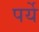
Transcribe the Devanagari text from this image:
पर्ये